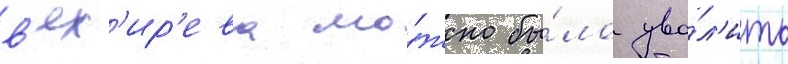
в'ях'ир'ева мо́жно бы́ло уво́л'ить